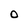
Character: 0